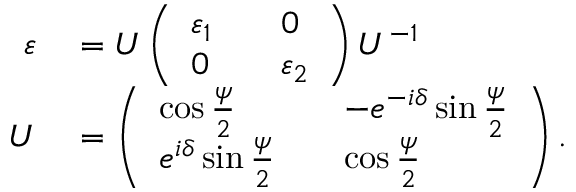
\begin{array} { r l } { \varepsilon } & { { } = U \left( \begin{array} { l l l } { \varepsilon _ { 1 } } & { } & { 0 } \\ { 0 } & { } & { \varepsilon _ { 2 } } \end{array} \right) U ^ { - 1 } } \\ { U } & { { } = \left( \begin{array} { l l l } { \cos \frac { \psi } { 2 } } & { } & { - e ^ { - i \delta } \sin \frac { \psi } { 2 } } \\ { e ^ { i \delta } \sin \frac { \psi } { 2 } } & { } & { \cos \frac { \psi } { 2 } } \end{array} \right) . } \end{array}